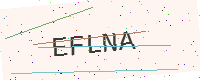
Text: EFLNA